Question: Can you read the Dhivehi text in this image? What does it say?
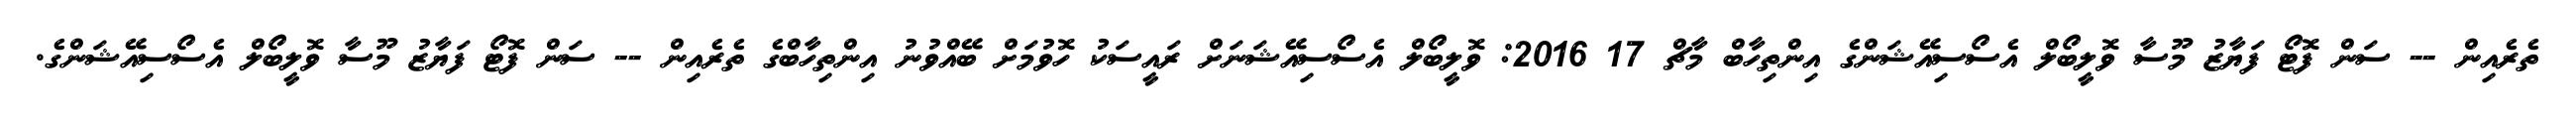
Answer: ތެރެއިން -- ސަން ފޮޓޯ ފަޔާޒު މޫސާ ވޮލީބޯލް އެސޯސިއޭޝަންގެ އިންތިހާބް މާޗް 17 2016: ވޮލީބޯލް އެސޯސިއޭޝަނަށް ރައީސަކު ހޮވުމަށް ބޭއްވުނު އިންތިހާބްގެ ތެރެއިން -- ސަން ފޮޓޯ ފަޔާޒު މޫސާ ވޮލީބޯލް އެސޯސިއޭޝަންގެ.